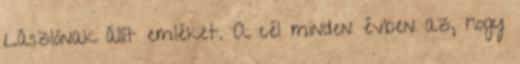
Lászlónak állít emléket. A cél minden évben az, hogy